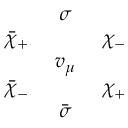
\begin{array} { c c c } { { } } & { { \sigma } } & { { } } \\ { { \bar { \chi } _ { + } \, \, } } & { { } } & { { \, \, \chi _ { - } } } \\ { { } } & { { v _ { \mu } } } & { { } } \\ { { \bar { \chi } _ { - } \, \, } } & { { } } & { { \, \, \chi _ { + } } } \\ { { } } & { { \bar { \sigma } } } & { { } } \end{array}